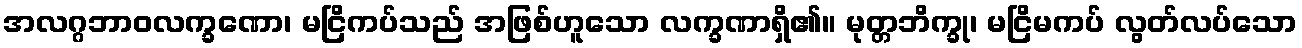
အလဂ္ဂဘာဝလက္ခဏော၊ မငြိကပ်သည် အဖြစ်ဟူသော လက္ခဏာရှိ၏။ မုတ္တဘိက္ခု၊ မငြိမကပ် လွတ်လပ်သော